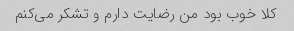
کلا خوب بود من رضایت دارم و تشکر می‌کنم